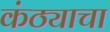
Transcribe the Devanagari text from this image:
कंठ्याचा